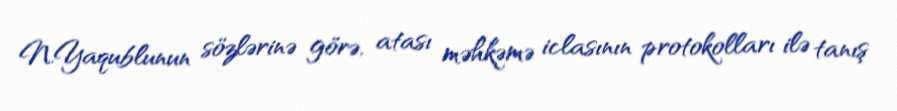
N.Yaqublunun sözlərinə görə, atası məhkəmə iclasının protokolları ilə tanış